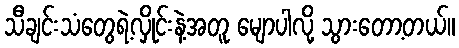
သီချင်းသံတွေရဲ့လှိုင်းနဲ့အတူ မျောပါလို့ သွားတော့တယ်။